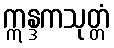
ဣန္ဒကသုတ္တံ